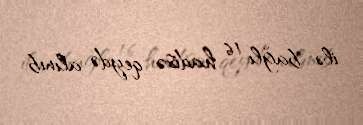
ilə bağlı 16 hadisə qeydə alınıb.